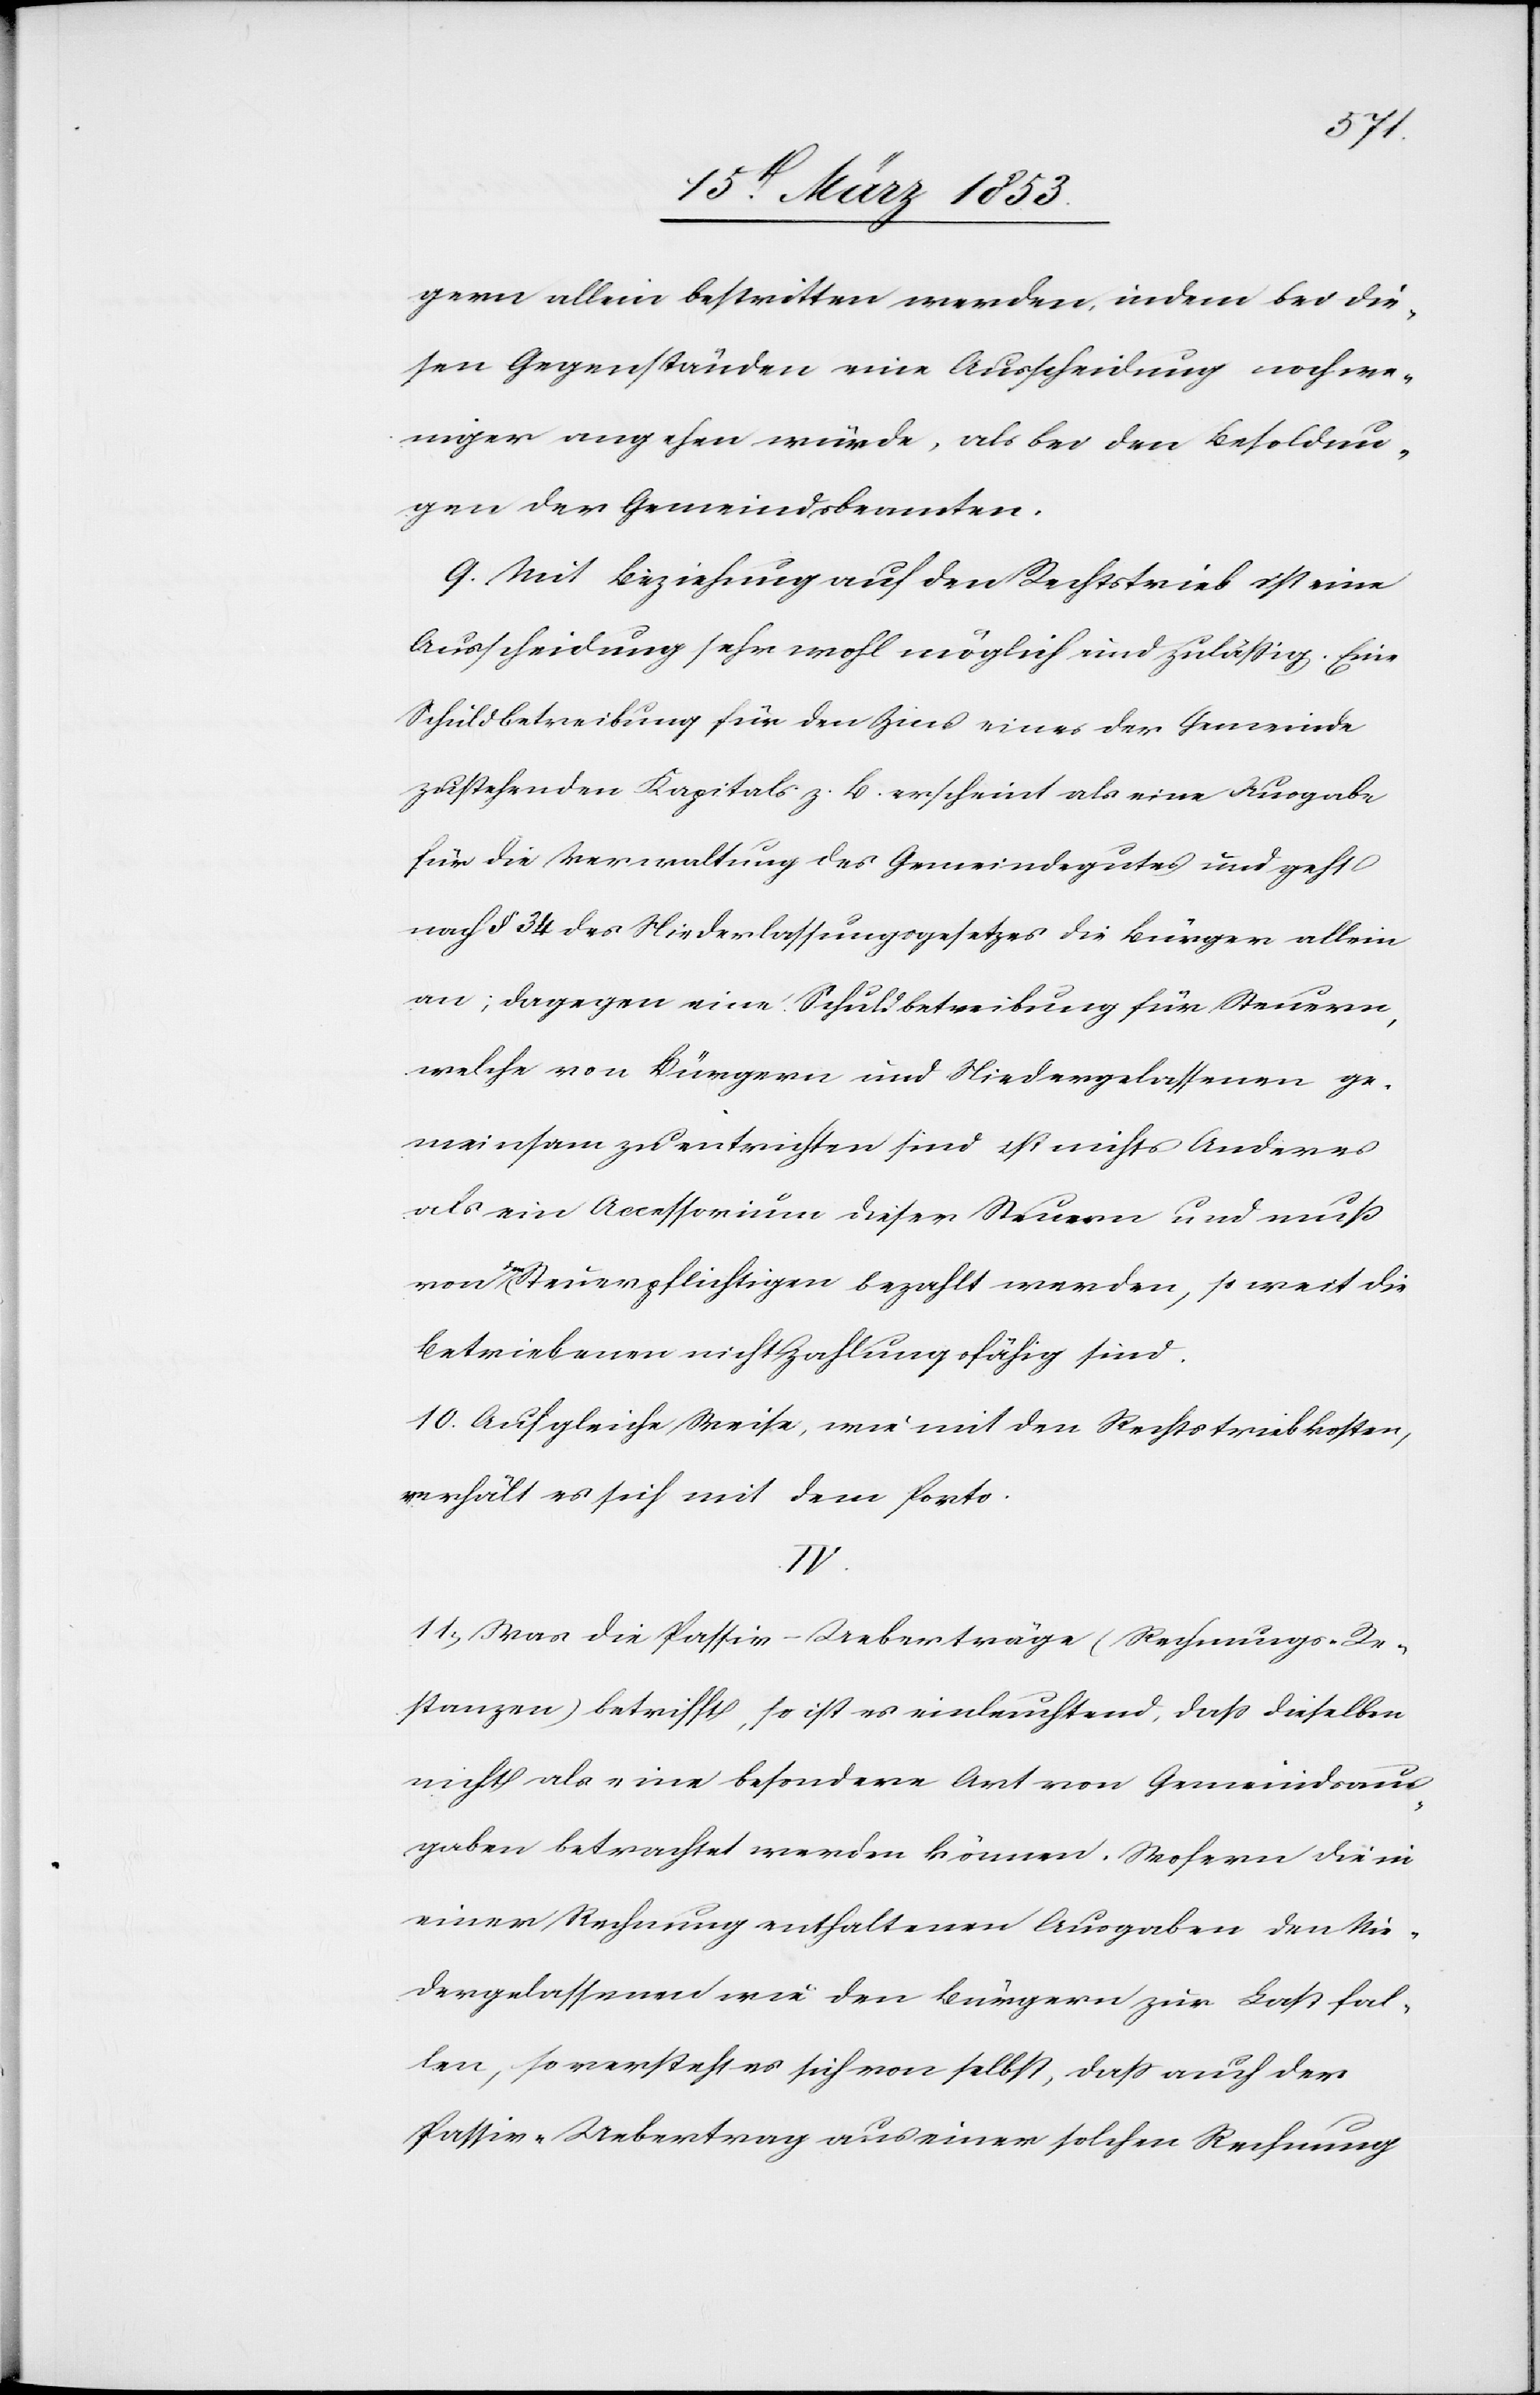
gern allein bestritten werden, indem bei die¬
sen Gegenständen eine Ausscheidung noch we¬
niger angehen würde, als bei den Besoldun¬
gen der Gemeindsbeamteten.
9) Mit Beziehung auf den Rechtstrieb ist eine
Ausscheidung sehr wohl möglich und zuläßig. Eine
Schuldbetreibung für den Zins eines der Gemeinde
zustehenden Kapitals z. B. erscheint als eine Ausgabe
für die Verwaltung des Gemeindgutes und geht
nach § 34 des Niederlassungsgesetzes die Bürger allein
an; dagegen eine Schuldbetreibung für Steuern,
welche von Bürgern und Niedergelassenen ge¬
meinsam zu entrichten sind ist nichts Anderes
als ein Accessorium dieser Steuern und muß
den Steuerpflichtigen bezahlt werden, so weit die
Betriebenen nicht zahlungsfähig sind.
10) Auf gleiche Weise, wie mit den Rechtstriebkosten,
verhält es sich mit dem Porto.
IV.
11) Was die Passiv-Ueberträge (Rechnungs-Re¬
stanzen) betrifft, so ist es einleuchtend, daß dieselben
nicht als eine besondere Art von Gemeindsaus¬
gaben betrachtet werden können. Wofern die in
einer Rechnung enthaltenen Ausgaben den Nie¬
dergelassenen wie den Bürgern zur Last fal¬
len, so versteht es sich von selbst, daß auch der
Passiv-Uebertrag aus einer solchen Rechnung